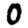
Digit: 0